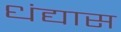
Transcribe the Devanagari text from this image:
धंद्यास